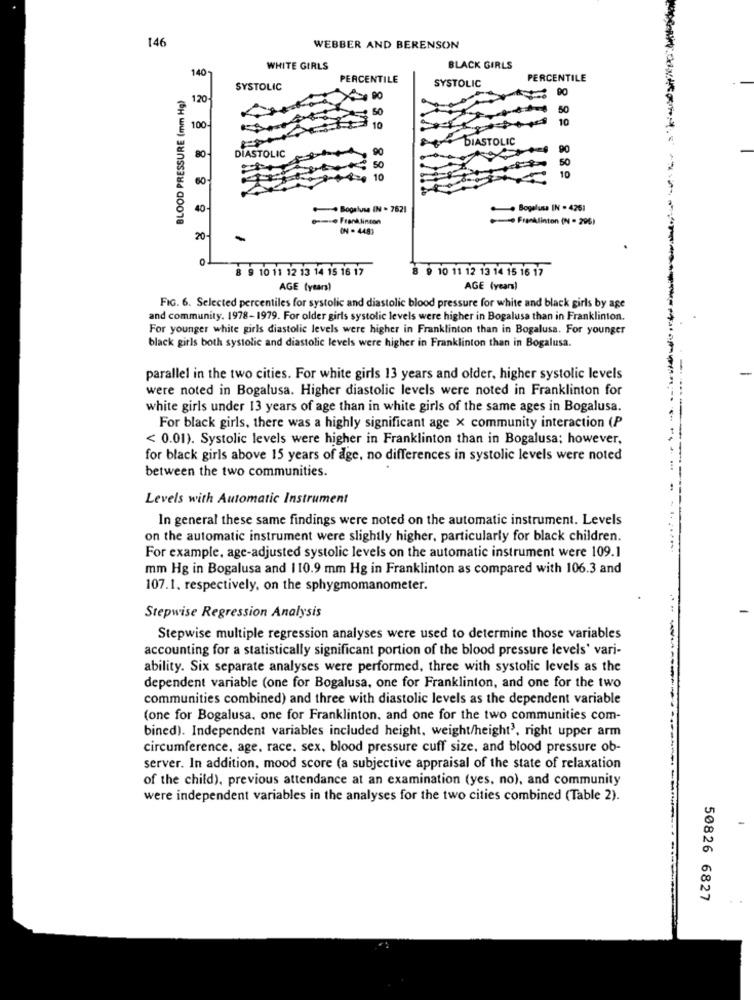
146
WEBBER AND BERENSON
140
WHITE GIRLS
BLACK GIRLS
PERCENTILE
PERCENTILE
BLOOD PRESSURE (mm Hg)
SYSTOLIC
SYSTOLIC
120-
50
10
100-
10
DIASTOLIC
DIASTOLIC
80
60
10
40-
++ Bogalusa IN . 7521
. Bogalusa IN - 4251
--- Franklinton
Franklinton (N = 296)
ON . 4483
20-
0
8 9 10 11 12 13 14 15 16 17
8 9 10 11 12 13 14 15 16 17
AGE (years)
AGE (years)
FIG. 6. Selected percentiles for systolic and diastolic blood pressure for white and black girls by age
and community. 1978-1979. For older girls systolic levels were higher in Bogalusa than in Franklinton.
For younger white girls diastolic levels were higher in Franklinton than in Bogalusa. For younger
black girls both systolic and diastolic levels were higher in Franklinton than in Bogalusa.
parallel in the two cities. For white girls 13 years and older, higher systolic levels
were noted in Bogalusa. Higher diastolic levels were noted in Franklinton for
white girls under 13 years of age than in white girls of the same ages in Bogalusa.
For black girls, there was a highly significant age x community interaction (P
< 0.01). Systolic levels were higher in Franklinton than in Bogalusa; however,
for black girls above 15 years of age, no differences in systolic levels were noted
between the two communities.
Levels with Automatic Instrument
In general these same findings were noted on the automatic instrument. Levels
on the automatic instrument were slightly higher, particularly for black children.
For example, age-adjusted systolic levels on the automatic instrument were 109.1
mm Hg in Bogalusa and 110.9 mm Hg in Franklinton as compared with 106.3 and
107.1. respectively, on the sphygmomanometer.
Stepwise Regression Analysis
Stepwise multiple regression analyses were used to determine those variables
accounting for a statistically significant portion of the blood pressure levels' vari-
ability. Six separate analyses were performed, three with systolic levels as the
dependent variable (one for Bogalusa, one for Franklinton, and one for the two
communities combined) and three with diastolic levels as the dependent variable
(one for Bogalusa, one for Franklinton. and one for the two communities com-
bined). Independent variables included height, weight/height', right upper arm
circumference, age, race. sex, blood pressure cuff size, and blood pressure ob-
server. In addition, mood score (a subjective appraisal of the state of relaxation
of the child), previous attendance at an examination (yes, no), and community
were independent variables in the analyses for the two cities combined (Table 2).
50826 6827